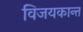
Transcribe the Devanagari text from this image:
विजयकान्त